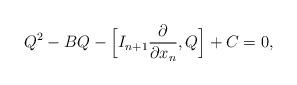
LaTeX: \begin{align*} Q^2 - BQ - \Bigl[I_{n+1}\frac{\partial }{\partial x_n},Q\Bigr] + C = 0, \end{align*}